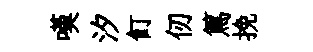
嘆汐飣仞篤挽